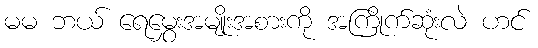
မမ ဘယ် ရေမွှေးအမျိုးအစားကို အကြိုက်ဆုံးလဲ ဟင်